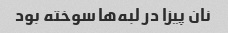
نان پیزا در لبه‌ها سوخته بود